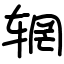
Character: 辋